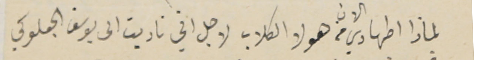
لماذا اطهادي الان من هولا الكلاب لاجل اني ناديت الى يوسف الجعلوكي